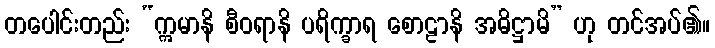
တပေါင်းတည်း “ဣမာနိ စီဝရာနိ ပရိက္ခာရ စောဠာနိ အဓိဋ္ဌာမိ” ဟု တင်အပ်၏။